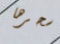
سحرها